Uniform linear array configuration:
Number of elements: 24
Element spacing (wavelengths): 0.25
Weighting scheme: hann
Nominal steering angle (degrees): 30
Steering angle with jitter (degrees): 28.335
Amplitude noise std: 0.05
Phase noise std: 0.05

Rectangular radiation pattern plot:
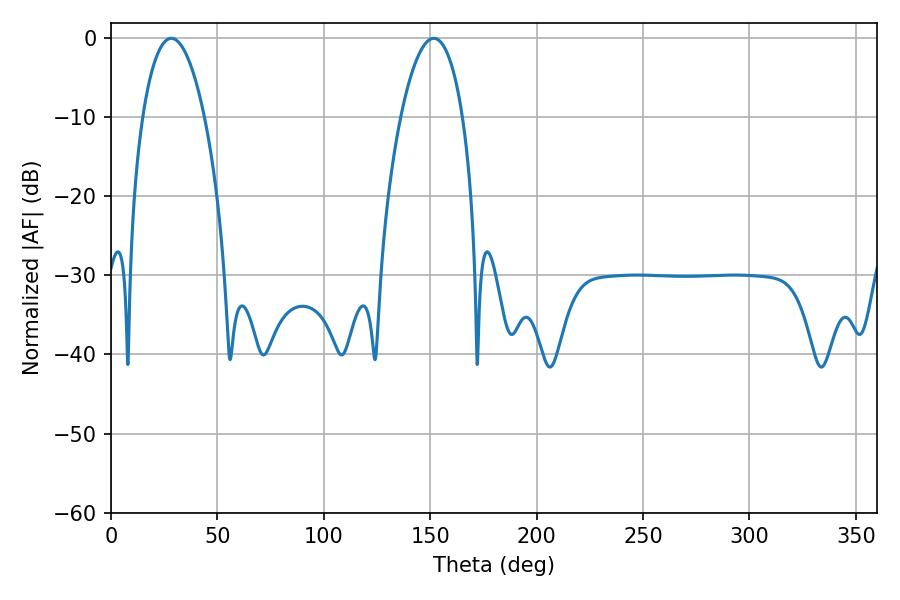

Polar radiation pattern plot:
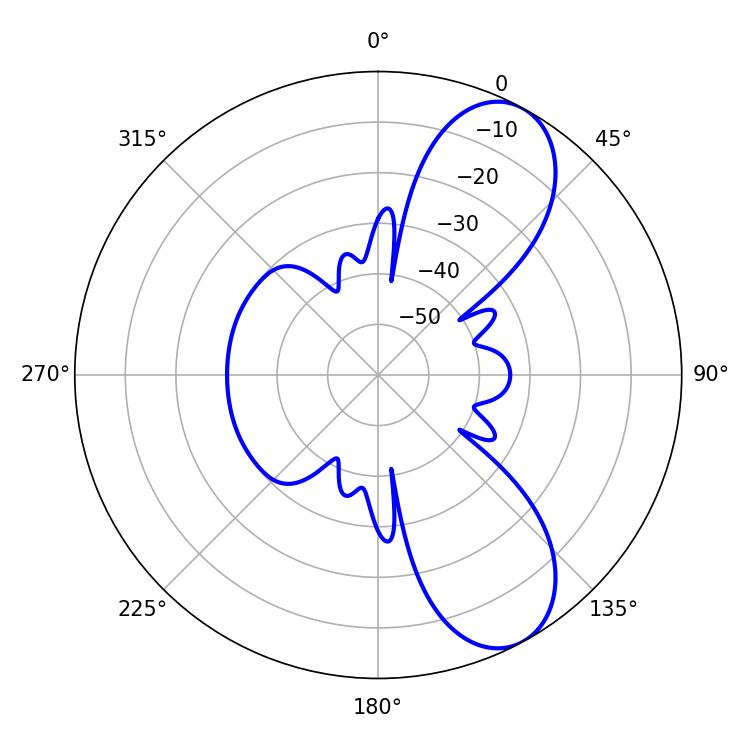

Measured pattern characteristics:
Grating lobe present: FALSE
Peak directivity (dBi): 8.421
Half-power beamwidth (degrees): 16.2
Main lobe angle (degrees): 28.26